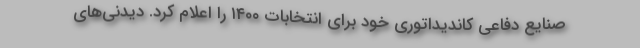
صنایع دفاعی کاندیداتوری خود برای انتخابات ۱۴۰۰ را اعلام کرد. دیدنی‌های